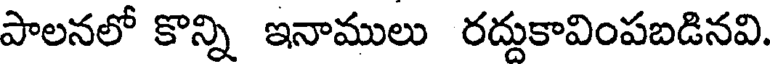
పాలనలో కొన్ని ఇనాములు రద్దుకావింపబడినవి.